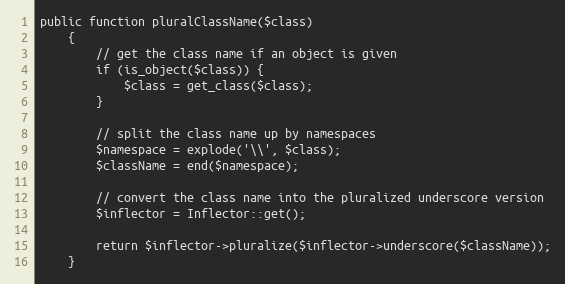
Language: PHP
public function pluralClassName($class)
    {
        // get the class name if an object is given
        if (is_object($class)) {
            $class = get_class($class);
        }

        // split the class name up by namespaces
        $namespace = explode('\\', $class);
        $className = end($namespace);

        // convert the class name into the pluralized underscore version
        $inflector = Inflector::get();

        return $inflector->pluralize($inflector->underscore($className));
    }